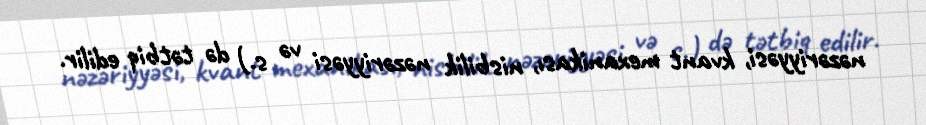
nəzəriyyəsi, kvant mexanikası, nisbilik nəzəriyyəsi və s.) də tətbiq edilir.